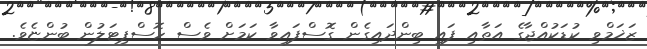
ޒަޚަމްވި ކުޑަކުއްޖާގެ އަތާއި ފައި ބިންދައިގެން ގޮސްފައިވާ ކަމަށް ވެސް ހޮސްޕިޓަލުން ބުންޏެވެ.